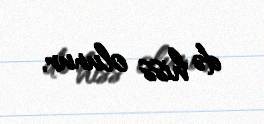
də hiss olunur.